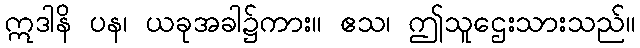
ဣဒါနိ ပန၊ ယခုအခါ၌ကား။ ဧသ၊ ဤသူဌေးသားသည်။